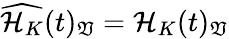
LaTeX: \widehat{\mathcal{H}_{K}}(t)_{\mathfrak{V}}=\mathcal{H}_{K}(t)_{\mathfrak{V}}